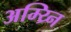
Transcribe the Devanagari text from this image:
अम्य्र्नि